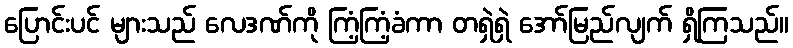
ပြောင်းပင် များသည် လေဒဏ်ကို ကြံ့ကြံ့ခံကာ တရှဲရှဲ အော်မြည်လျက် ရှိကြသည်။